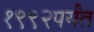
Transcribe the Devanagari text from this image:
१९९२पर्यंत